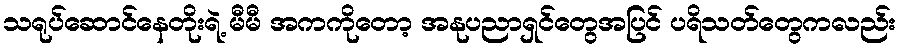
သရုပ်ဆောင်နေတိုးရဲ့ မီမီ အကကိုတော့ အနုပညာရှင်တွေအပြင် ပရိသတ်တွေကလည်း